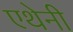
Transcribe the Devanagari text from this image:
एथेनी